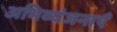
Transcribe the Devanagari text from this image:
अभिव्यंजनाएँ